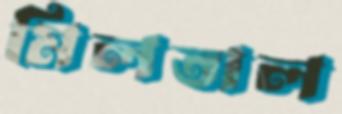
মিলতাল